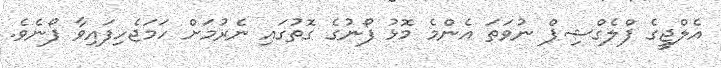
އެލްޖީގެ ފްލެގްޝިޕް ނުވަތަ އެންމެ މޮޅު ފޯނުގެ ގޮތުގައި ނެރުމަށް ހަމަޖެހިފައިވާ ފޯނެވެ.